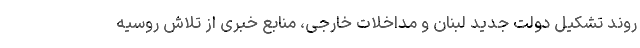
روند تشکیل دولت جدید لبنان و مداخلات خارجی، منابع خبری از تلاش روسیه